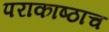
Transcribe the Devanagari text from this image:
पराकाष्ठाच